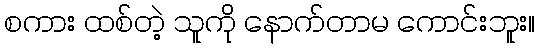
စကား ထစ်တဲ့ သူကို နောက်တာမ ကောင်းဘူး။